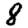
Digit: 8